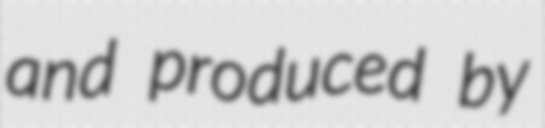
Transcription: and produced by